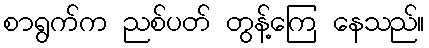
စာရွက်က ညစ်ပတ် တွန့်ကြေ နေသည်။